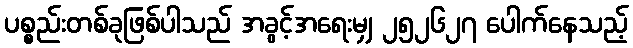
ပစ္စည်းတစ်ခုဖြစ်ပါသည် အခွင့်အရေးမျှ ၂၅၂၆၂၇ ပေါက်နေသည့်